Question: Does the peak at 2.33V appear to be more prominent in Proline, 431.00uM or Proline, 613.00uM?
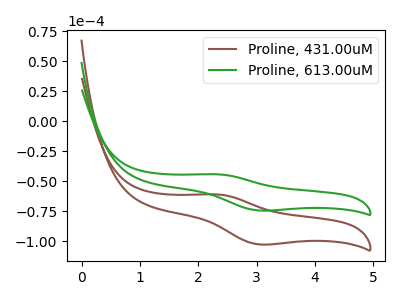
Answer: <think>The brown curve "Proline, 431.00uM" has an anodic peak at (2.35V, -61.00uA) and a cathodic peak at (3.05V, -102.70uA). The green curve "Proline, 613.00uM" has an anodic peak at (2.35V, -44.20uA) and a cathodic peak at (3.05V, -74.45uA).</think>
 <answer>The peak at 2.33V is lower in "Proline, 431.00uM" than in "Proline, 613.00uM".</answer>
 <eval>lower</eval>